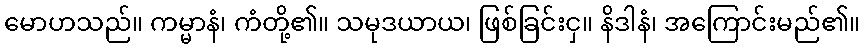
မောဟသည်။ ကမ္မာနံ၊ ကံတို့၏။ သမုဒယာယ၊ ဖြစ်ခြင်းငှ။ နိဒါနံ၊ အကြောင်းမည်၏။